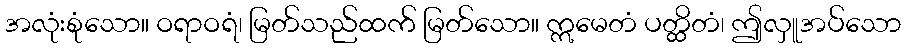
အလုံးစုံသော။ ဝရာဝရံ၊ မြတ်သည်ထက် မြတ်သော။ ဣမေတံ ပတ္ထိတံ၊ ဤလှူအပ်သော